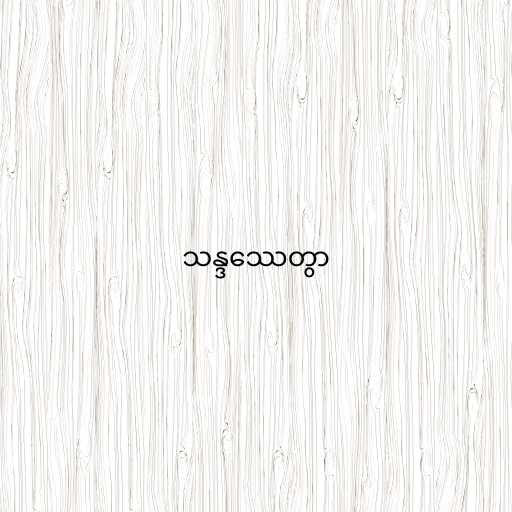
သန္ဒဿေတွာ